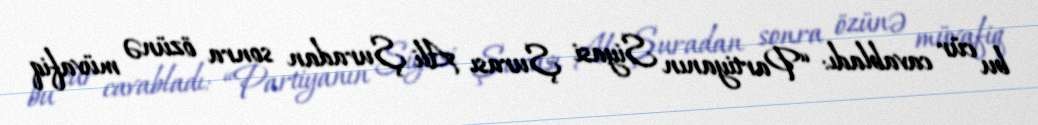
bu cür cavabladı: “Partiyanın Siyasi Şurası Ali Şuradan sonra özünə müvafiq